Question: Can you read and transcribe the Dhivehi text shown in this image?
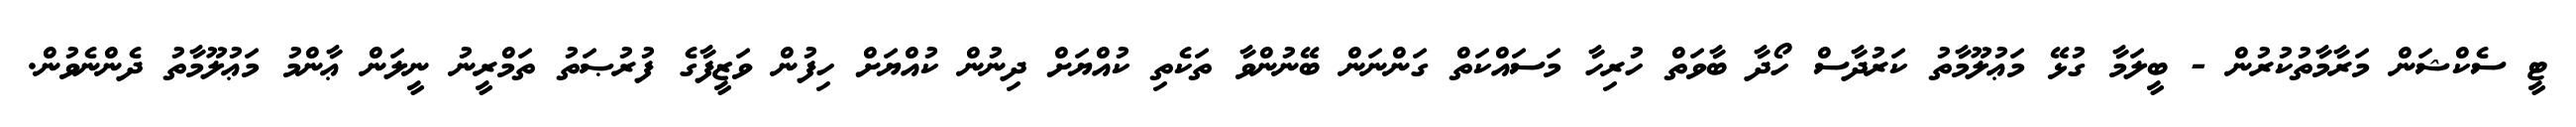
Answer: ޓީ ސެކްޝަން މަރާމާތުކުރުން - ބީލަމާ ގުޅޭ މަޢުލޫމާތު ކަރުދާސް ހޯދާ ބާވަތް ހުރިހާ މަސައްކަތް ގަންނަން ބޭނުންވާ ތަކެތި ކުއްޔަށް ދިނުން ކުއްޔަށް ހިފުން ވަޒީފާގެ ފުރުޞަތު ތަމްރީނު ނީލަން ޢާންމު މަޢުލޫމާތު ދެންނެވުން.